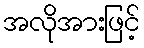
အလိုအားဖြင့်